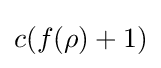
c(f(\rho )+1)